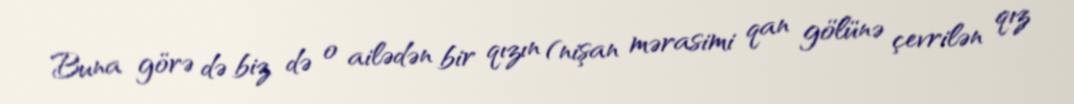
Buna görə də biz də o ailədən bir qızın (nişan mərasimi qan gölünə çevrilən qız